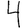
Digit: 4